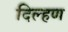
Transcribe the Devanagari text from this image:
दिल्हण